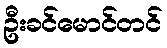
ဦးခင်မောင်တင်